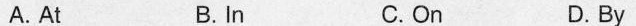
A. A B. In C. On D. By